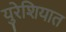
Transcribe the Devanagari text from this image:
युरेशियात